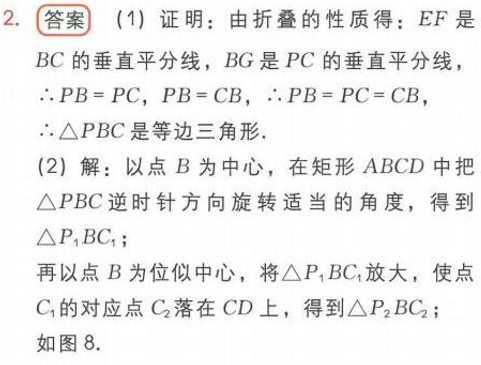
2. **答案**
(1) 证明：由折叠的性质得：\(EF\)是\(BC\)的垂直平分线，\(BG\)是\(PC\)的垂直平分线，
\(\therefore PB = PC\)，\(PB = CB\)，\(\therefore PB = PC = CB\)，
\(\therefore \triangle PBC\)是等边三角形.
(2) 解：以点\(B\)为中心，在矩形\(ABCD\)中把\(\triangle PBC\)逆时针方向旋转适当的角度，得到\(\triangle P_{1}BC_{1}\)；
再以点\(B\)为位似中心，将\(\triangle P_{1}BC_{1}\)放大，使点\(C_{1}\)的对应点\(C_{2}\)落在\(CD\)上，得到\(\triangle P_{2}BC_{2}\)；
如图8.